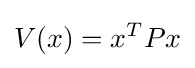
V(x)=x^{T}Px